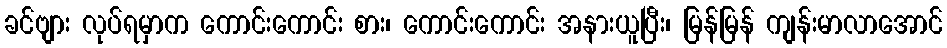
ခင်ဗျား လုပ်ရမှာက ကောင်းကောင်း စား၊ ကောင်းကောင်း အနားယူပြီး၊ မြန်မြန် ကျန်းမာလာအောင်